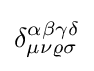
\delta _{\mu \nu \varrho \sigma }^{\alpha \beta \gamma \delta }